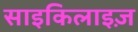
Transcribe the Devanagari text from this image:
साइकिलाइज़